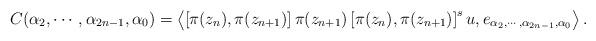
LaTeX: \begin{align*}C(\alpha_2, \cdots ,\alpha_{2n-1},\alpha_0) = \left\langle \left[\pi(z_{n}),\pi(z_{n+1})\right]\pi(z_{n+1})\left[\pi(z_{n}), \pi(z_{n+1})\right]^{s}u, e_{\alpha_2,\cdots ,\alpha_{2n-1},\alpha_0} \right\rangle.\end{align*}